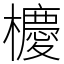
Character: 櫦